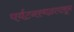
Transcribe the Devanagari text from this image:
पर्यटनस्थळापासून